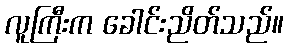
လူကြီးက ခေါင်းညိတ်သည်။